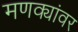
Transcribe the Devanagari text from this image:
मणक्यांवर